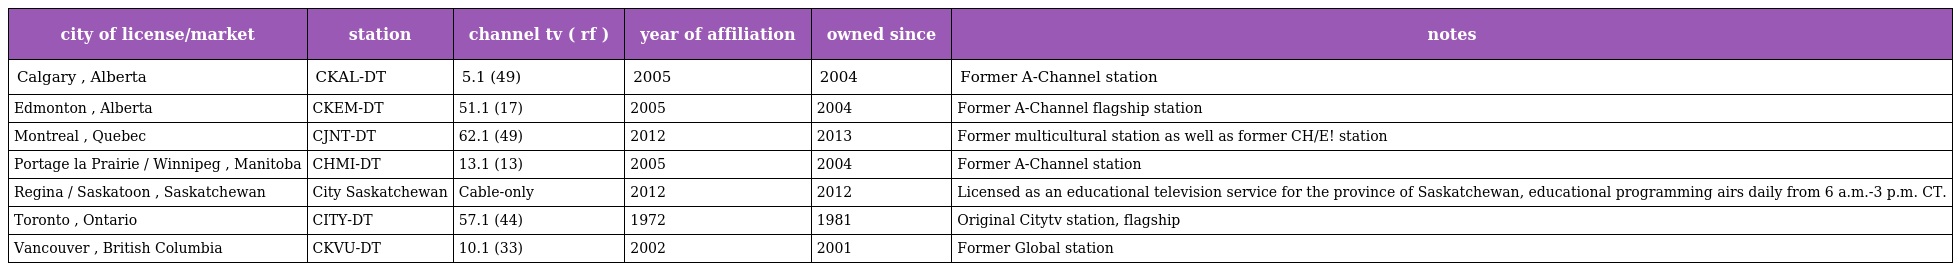
| city of license/market | station | channel tv ( rf ) | year of affiliation | owned since | notes |
 | --- | --- | --- | --- | --- | --- |
 | Calgary , Alberta | CKAL-DT | 5.1 (49) | 2005 | 2004 | Former A-Channel station |
 | Edmonton , Alberta | CKEM-DT | 51.1 (17) | 2005 | 2004 | Former A-Channel flagship station |
 | Montreal , Quebec | CJNT-DT | 62.1 (49) | 2012 | 2013 | Former multicultural station as well as former CH/E! station |
 | Portage la Prairie / Winnipeg , Manitoba | CHMI-DT | 13.1 (13) | 2005 | 2004 | Former A-Channel station |
 | Regina / Saskatoon , Saskatchewan | City Saskatchewan | Cable-only | 2012 | 2012 | Licensed as an educational television service for the province of Saskatchewan, educational programming airs daily from 6 a.m.-3 p.m. CT. |
 | Toronto , Ontario | CITY-DT | 57.1 (44) | 1972 | 1981 | Original Citytv station, flagship |
 | Vancouver , British Columbia | CKVU-DT | 10.1 (33) | 2002 | 2001 | Former Global station |